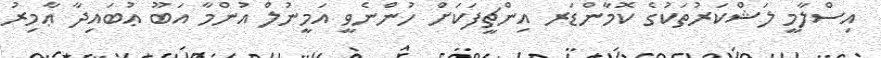
އިސްލާމީ ލަޝްކަރުތަކުގެ ކޮމާންޑަރ އިންޗީފަކަށް ހުންނެވީ އަމީނުލް އުންމާ އަބޫ ޢުބައިދާ ޢާމިރު